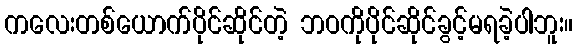
ကလေးတစ်ယောက်ပိုင်ဆိုင်တဲ့ ဘဝကိုပိုင်ဆိုင်ခွင့်မရခဲ့ပါဘူး။